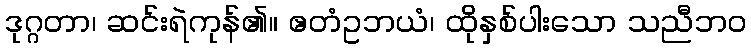
ဒုဂ္ဂတာ၊ ဆင်းရဲကုန်၏။ ဧတံဥဘယံ၊ ထိုနှစ်ပါးသော သညီဘဝ